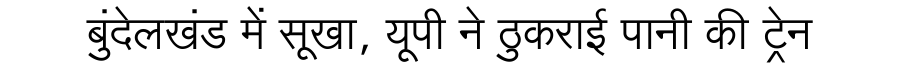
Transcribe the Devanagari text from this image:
बुंदेलखंड में सूखा, यूपी ने ठुकराई पानी की ट्रेन